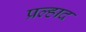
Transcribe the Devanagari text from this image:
प्रल्‍हाद